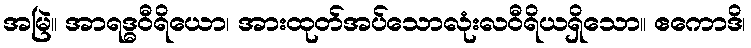
အမြဲ။ အာရဒ္ဓဝီရိယော၊ အားထုတ်အပ်သောလုံးလဝီရိယရှိသော။ ဧကောဒိ၊